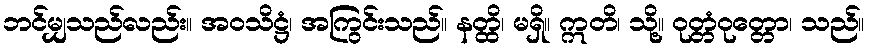
ဘင်မျှသည်လည်း။ အဝသိဋ္ဌံ၊ အကြွင်းသည်။ နတ္ထိ၊ မရှိ။ ဣတိ၊ သို့။ ဝုတ္တံဝုတ္တော၊ သည်။